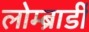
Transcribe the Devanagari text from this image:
लोम्ब्रार्डी